Lunatic asylums Madras 1892-1911 - 1892-1911
Year: 1892
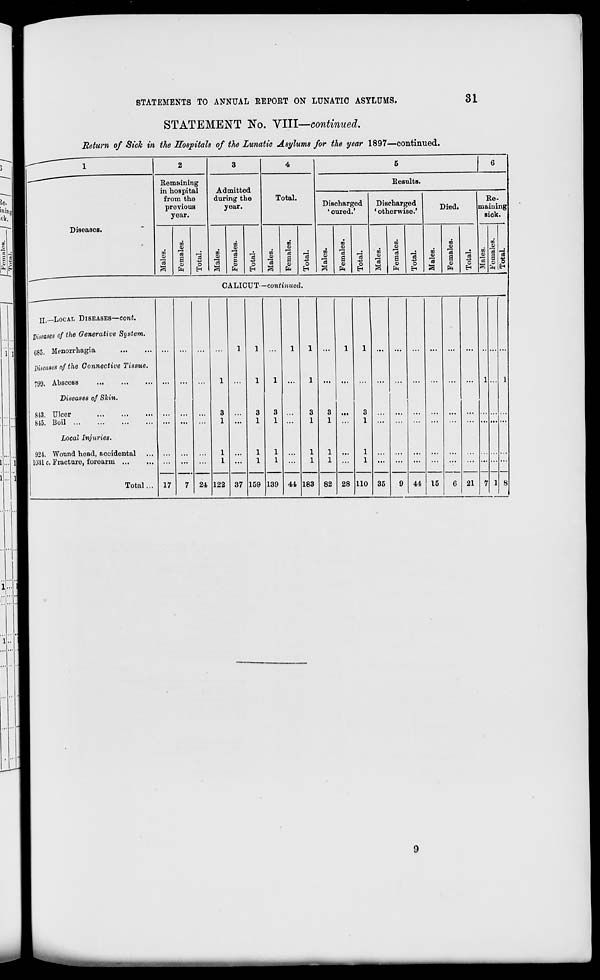
STATEMENTS TO ANNUAL REPORT ON LUNATIC ASYLUMS.
31
STATEMENT No. VIII—continued.
Return of Sick in the Hospitals of the Lunatic Asylums for the year 1897—continued.
\~~~~~
1
2
3
4
5
6
Diseases.
Remaining
in hospital
from the
previous
year.
Admitted
during the
year.
Total.
Results.
Discharged
' cured.'
Discharged
• otherwise.'
Died.
Re-
maining
sick.
m
*
to
ffi
3
S
13
t
EH
to
3
3
m
3
Ol
EH
3
o
to
a
to
5
s s
Pa
"3
o5
es
00
S
01
Pi
O
H
' CO
0)
la
to
01
S
0>
p
m
0)
"3
to
01
a
O)
"3
c
EH
c
"3
S3
to
V
"3
3
s 1
C A LICUT- -continued.
JI_LOCAL DISEASES—cont.
Diseases of the Generative System.
685. Menorrhagia
Diseases of the Connective Tissue.
799. Abscoss
Diseases of Skin.
813. Ulcer
815. Boil
Local Injuries.
921. Wound head, accidental
1 1031 c. Fracture, forearm ...
Total... 17
7 24
I
3
1
1
1
122
1
37
1
1
3
1
1
1
159
i
3
1
1
1
139
1
44
i
i
3
1
1
1
183
3
1
1
1
82
1
28
1
3
1
1
1
110 35
9
...
...
6 21
1
7 1
1
8
44 15
9